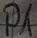
Text: P1